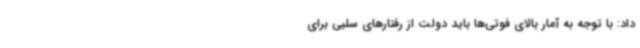
داد: با توجه به آمار بالای فوتی‌ها باید دولت از رفتارهای سلبی برای